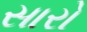
સારો